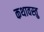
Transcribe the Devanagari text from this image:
कथावस्‍तु